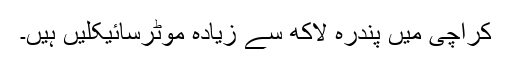
کراچی میں پندرہ لاکھ سے زیادہ موٹرسائیکلیں ہیں۔